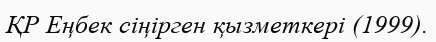
ҚР Еңбек сіңірген қызметкері (1999).